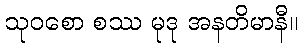
သုဝစော စဿ မုဒု အနတိမာနီ။